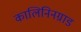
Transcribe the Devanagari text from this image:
कालिनिनग्राड